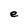
Character: e